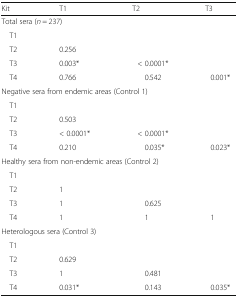
<table><thead><tr><td><b>Kit</b></td><td><b>T1</b></td><td><b>T2</b></td><td><b>T3</b></td></tr></thead><tbody><tr><td colspan="4">Total sera (<i>n</i> = 237)</td></tr><tr><td> T1</td><td></td><td></td><td></td></tr><tr><td> T2</td><td>0.256</td><td></td><td></td></tr><tr><td> T3</td><td>0.003*</td><td>&lt; 0.0001*</td><td></td></tr><tr><td> T4</td><td>0.766</td><td>0.542</td><td>0.001*</td></tr><tr><td colspan="4">Negative sera from endemic areas (Control 1)</td></tr><tr><td> T1</td><td></td><td></td><td></td></tr><tr><td> T2</td><td>0.503</td><td></td><td></td></tr><tr><td> T3</td><td>&lt; 0.0001*</td><td>&lt; 0.0001*</td><td></td></tr><tr><td> T4</td><td>0.210</td><td>0.035*</td><td>0.023*</td></tr><tr><td colspan="4">Healthy sera from non-endemic areas (Control 2)</td></tr><tr><td> T1</td><td></td><td></td><td></td></tr><tr><td> T2</td><td>1</td><td></td><td></td></tr><tr><td> T3</td><td>1</td><td>0.625</td><td></td></tr><tr><td> T4</td><td>1</td><td>1</td><td>1</td></tr><tr><td colspan="4">Heterologous sera (Control 3)</td></tr><tr><td> T1</td><td></td><td></td><td></td></tr><tr><td> T2</td><td>0.629</td><td></td><td></td></tr><tr><td> T3</td><td>1</td><td>0.481</td><td></td></tr><tr><td> T4</td><td>0.031*</td><td>0.143</td><td>0.035*</td></tr></tbody></table>